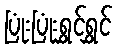
ပြုံးပြုံးရွှင်ရွှင်